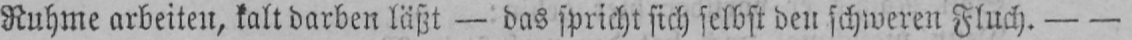
Ruhme arbeiten, kalt darben läßt - das spricht sich selbst den schweren Fluch. - -